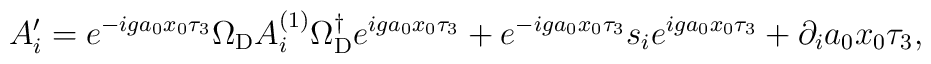
A_i^{\prime}  = e^{-iga_{0}x_{0}\tau_{3}} \Omega_{{\rm D}} A_{i}^{(1)}  \Omega_{{\rm D}}^{\dagger} e^{iga_{0}x_{0}\tau_{3}}  + e^{-iga_{0}x_{0}\tau_{3}} s_{i} e^{iga_{0}x_{0}\tau_{3}}  + \partial_{i} a_{0} x_{0} \tau_{3}   ,